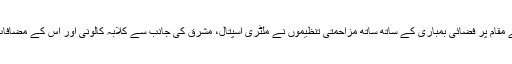
تعز شہر میں الجحملیہ کے مقام پر فضائی بمباری کے ساتھ ساتھ مزاحمتی تنظیموں نے ملٹری اسپتال، مشرق کی جانب سے کلابہ کالونی اور اس کے مضافات سے پیش قدمی کی ہے۔